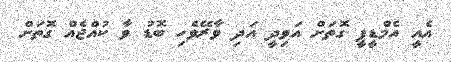
އެއީ އެމްޑީޕީ ގޮތަށް އަވިދީ އަދި ވާރޭވެހި ބޮޑު ވާ ކުއްޖެއް ގޮތަށް